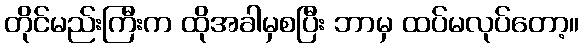
တိုင်မည်းကြီးက ထိုအခါမှစပြီး ဘာမှ ထပ်မလုပ်တော့။